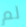
لم